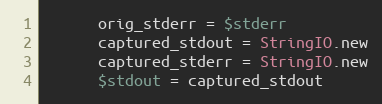
Language: Ruby
      orig_stderr = $stderr
      captured_stdout = StringIO.new
      captured_stderr = StringIO.new
      $stdout = captured_stdout